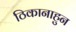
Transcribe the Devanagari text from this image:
ठिकानाहुन